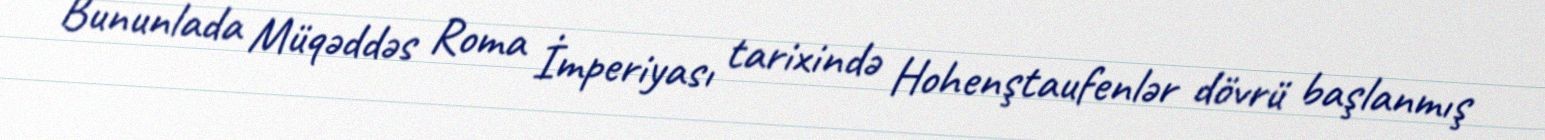
Bununlada Müqəddəs Roma İmperiyası tarixində Hohenştaufenlər dövrü başlanmış